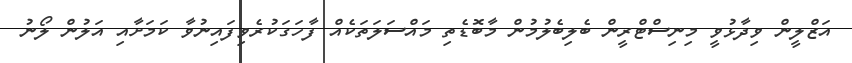
އަޒްލީން ވިދާޅުވީ މިނިސްޓްރީން ބެލިބެލުމުން މާބޮޑެތި މައްސަލަތަކެއް ފާހަގަކުރެވިފައިނުވާ ކަމަށާއި އަލުން ލޯނު